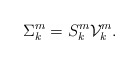
\begin{align*}\Sigma_k^m=S_k^m\mathcal V_{k}^m.\end{align*}